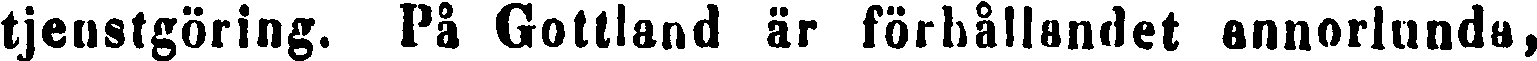
tjenstgöring. På Gottland är förhållandet annorlunda,